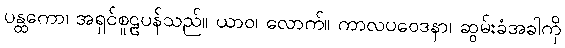
ပန္ထကော၊ အရှင်စူဠပန်သည်။ ယာဝ၊ လောက်။ ကာလပဝေဒနာ၊ ဆွမ်းခံအခါကို